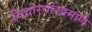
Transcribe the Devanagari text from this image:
विचारधारेप्रमाणे